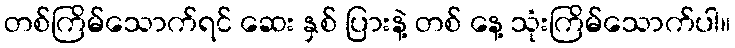
တစ်ကြိမ်သောက်ရင် ဆေး နှစ် ပြားနဲ့ တစ် နေ့ သုံးကြိမ်သောက်ပါ။